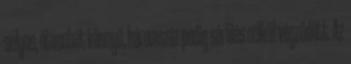
súlyos, ötvenhét könnyű, háromszáz pedig sérülés nélkül végződött. Az